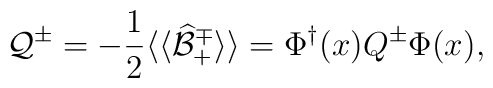
{\cal Q}^\pm= - \frac{1}{2}\langle\langle \widehat{\cal B}^\mp_+ \rangle\rangle= \Phi^\dagger(x) Q^\pm \Phi(x),